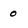
Character: 0